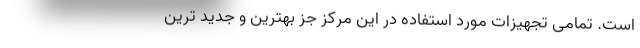
است. تمامی تجهیزات مورد استفاده در این مرکز جز بهترین و جدید ترین